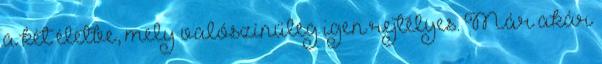
a két életbe, mely valószínűleg igen rejtélyes. Már akár